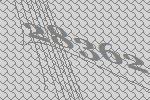
28362